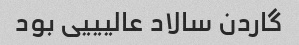
گاردن سالاد عالیییی بود